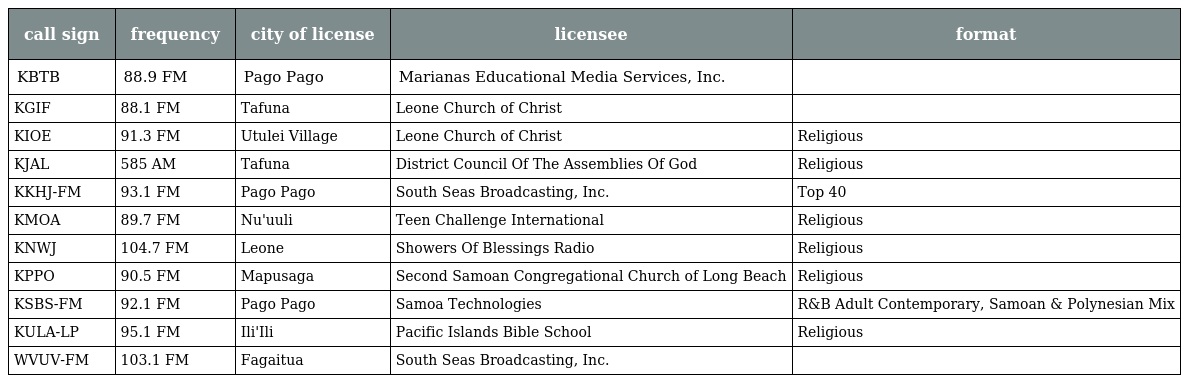
| call sign | frequency | city of license | licensee | format |
 | --- | --- | --- | --- | --- |
 | KBTB | 88.9 FM | Pago Pago | Marianas Educational Media Services, Inc. |  |
 | KGIF | 88.1 FM | Tafuna | Leone Church of Christ |  |
 | KIOE | 91.3 FM | Utulei Village | Leone Church of Christ | Religious |
 | KJAL | 585 AM | Tafuna | District Council Of The Assemblies Of God | Religious |
 | KKHJ-FM | 93.1 FM | Pago Pago | South Seas Broadcasting, Inc. | Top 40 |
 | KMOA | 89.7 FM | Nu'uuli | Teen Challenge International | Religious |
 | KNWJ | 104.7 FM | Leone | Showers Of Blessings Radio | Religious |
 | KPPO | 90.5 FM | Mapusaga | Second Samoan Congregational Church of Long Beach | Religious |
 | KSBS-FM | 92.1 FM | Pago Pago | Samoa Technologies | R&B Adult Contemporary, Samoan & Polynesian Mix |
 | KULA-LP | 95.1 FM | Ili'Ili | Pacific Islands Bible School | Religious |
 | WVUV-FM | 103.1 FM | Fagaitua | South Seas Broadcasting, Inc. |  |